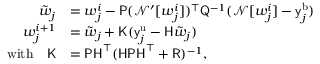
\begin{array} { r l } { \tilde { \boldsymbol { w } } _ { j } } & { = \boldsymbol { w } _ { j } ^ { i } - \mathsf { P } ( \mathcal { N } ^ { \prime } [ \boldsymbol { w } _ { j } ^ { i } ] ) ^ { \top } \mathsf { Q } ^ { - 1 } ( \mathcal { N } [ \boldsymbol { w } _ { j } ^ { i } ] - \mathsf { y } _ { j } ^ { \mathrm { b } } ) } \\ { \boldsymbol { w } _ { j } ^ { i + 1 } } & { = \tilde { \boldsymbol { w } } _ { j } + \mathsf { K } ( \mathsf { y } _ { j } ^ { \mathrm { u } } - \mathsf { H } \tilde { \boldsymbol { w } } _ { j } ) } \\ { \mathrm { w i t h } \quad \mathsf { K } } & { = \mathsf { P H } ^ { \top } ( \mathsf { H P H } ^ { \top } + \mathsf { R } ) ^ { - 1 } \mathrm { , } } \end{array}